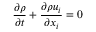
\frac { \partial \rho } { \partial t } + \frac { \partial \rho u _ { i } } { \partial x _ { i } } = 0